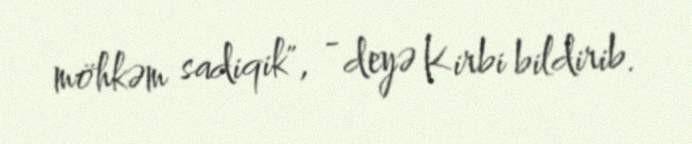
möhkəm sadiqik", - deyə Kirbi bildirib.